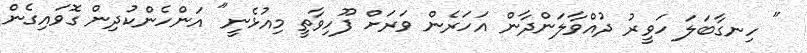
" ހިނގާބަލަ ހަވީރު ދުއްވާލަންދާން އަހަރެން ވަރަށް ފޫހިވާތީ މިއުޅެނީ" އަންހެންކުދިން ގޮވައިގެން